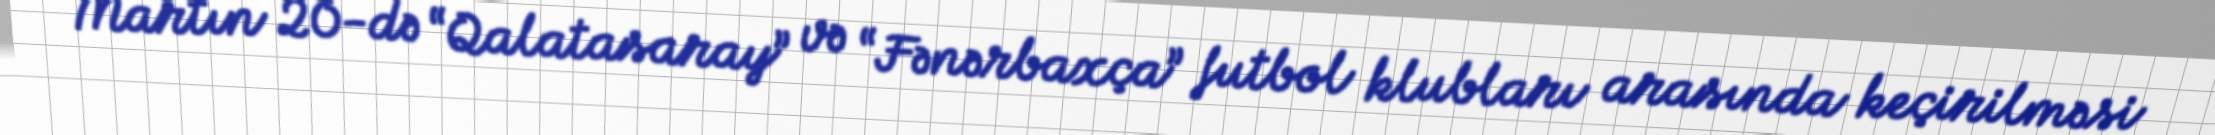
Martın 20-də “Qalatasaray” və “Fənərbaxça” futbol klubları arasında keçirilməsi